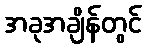
အခုအချိန်တွင်